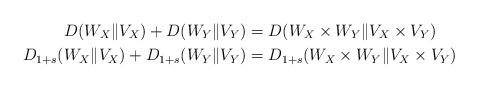
LaTeX: \begin{align*}D(W_X\|V_X) + D(W_Y\|V_Y) &=D(W_X\times W_Y\|V_X\times V_Y) \\D_{1+s}(W_X\|V_X) + D_{1+s}(W_Y\|V_Y) &=D_{1+s}(W_X\times W_Y\|V_X\times V_Y) \end{align*}